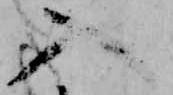
入